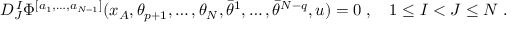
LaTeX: D _ { J } ^ { \, I } \Phi ^ { [ a _ { 1 } , \ldots , a _ { N - 1 } ] } ( x _ { A } , \theta _ { p + 1 } , \ldots , \theta _ { N } , \bar { \theta } ^ { 1 } , \ldots , \bar { \theta } ^ { N - q } , u ) = 0 \; , \quad 1 \leq I < J \leq N \; .